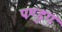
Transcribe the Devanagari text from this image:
पण्डुग